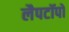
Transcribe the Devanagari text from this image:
लैपटॉपों